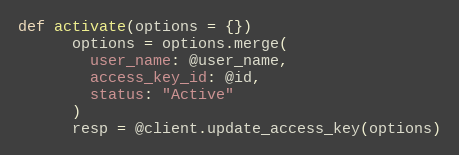
Language: Ruby
def activate(options = {})
      options = options.merge(
        user_name: @user_name,
        access_key_id: @id,
        status: "Active"
      )
      resp = @client.update_access_key(options)